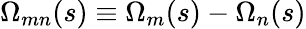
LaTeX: \Omega_{mn}(s)\equiv\Omega_{m}(s)-\Omega_{n}(s)